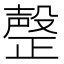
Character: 𣫆